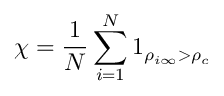
\chi = \frac { 1 } { N } \sum _ { i = 1 } ^ { N } 1 _ { \rho _ { i \infty } > \rho _ { c } }